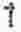
1